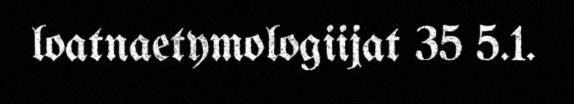
loatnaetymologiijat 35 5.1.